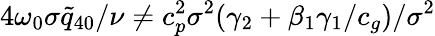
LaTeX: {4\omega_{0}\sigma}\tilde{q}_{40}/\nu\not=c_{p}^{2}{\sigma^{2}}(\gamma_{2}+\beta_{1}\gamma_{1}/c_{g})/{\sigma^{2}}